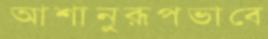
আশানুরূপভাবে